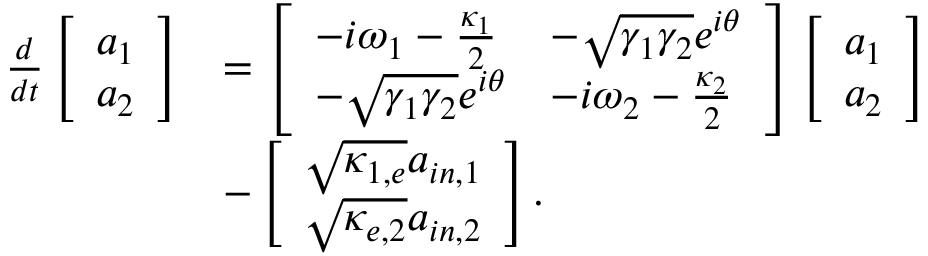
\begin{array} { r l } { \frac { d } { d t } \left[ \begin{array} { l } { a _ { 1 } } \\ { a _ { 2 } } \end{array} \right] } & { = \left[ \begin{array} { l l } { - i \omega _ { 1 } - \frac { \kappa _ { 1 } } { 2 } } & { - \sqrt { \gamma _ { 1 } \gamma _ { 2 } } e ^ { i \theta } } \\ { - \sqrt { \gamma _ { 1 } \gamma _ { 2 } } e ^ { i \theta } } & { - i \omega _ { 2 } - \frac { \kappa _ { 2 } } { 2 } } \end{array} \right] \left[ \begin{array} { l } { a _ { 1 } } \\ { a _ { 2 } } \end{array} \right] } \\ & { - \left[ \begin{array} { l } { \sqrt { \kappa _ { 1 , e } } a _ { i n , 1 } } \\ { \sqrt { \kappa _ { e , 2 } } a _ { i n , 2 } } \end{array} \right] . } \end{array}